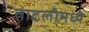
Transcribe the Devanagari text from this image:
ताटलीमध्ये